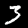
Label: 3